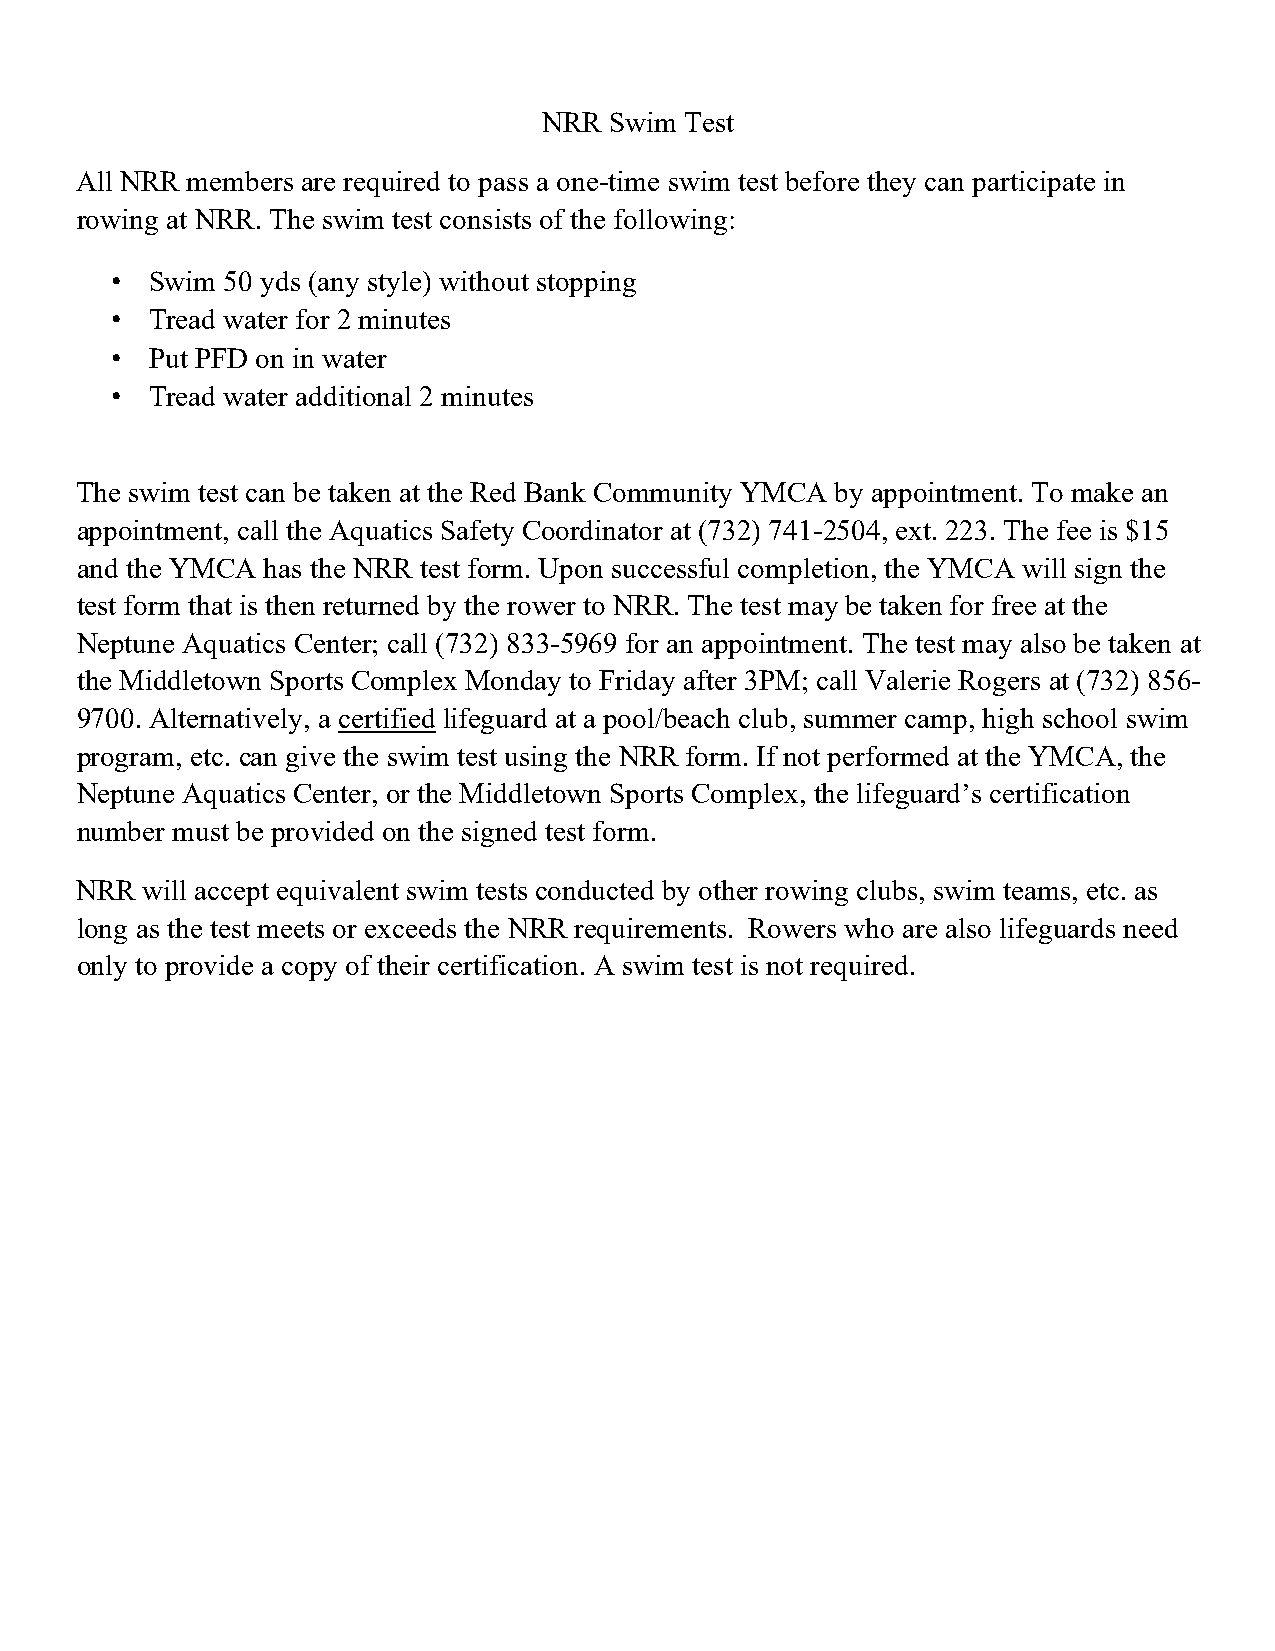
NRR Swim Test
 All NRR members are required to pass a one-time swim test before they can participate in
 rowing at NRR. The swim test consists of the following:
 •  Swim 50 yds (any style) without stopping
 •  Tread water for 2 minutes
 •  Put PFD on in water
 •  Tread water additional 2 minutes
 The swim test can be taken at the Red Bank Community YMCA by appointment. To make an
 appointment, call the Aquatics Safety Coordinator at (732) 741-2504, ext. 223. The fee is $15
 and the YMCA has the NRR test form. Upon successful completion, the YMCA will sign the
 test form that is then returned by the rower to NRR. The test may be taken for free at the
 Neptune Aquatics Center; call (732) 833-5969 for an appointment. The test may also be taken at
 the Middletown Sports Complex Monday to Friday after 3PM; call Valerie Rogers at (732) 856-
 9700. Alternatively, a certified lifeguard at a pool/beach club, summer camp, high school swim
 program, etc. can give the swim test using the NRR form. If not performed at the YMCA, the
 Neptune Aquatics Center, or the Middletown Sports Complex, the lifeguard’s certification
 number must be provided on the signed test form.
 NRR will accept equivalent swim tests conducted by other rowing clubs, swim teams, etc. as
 long as the test meets or exceeds the NRR requirements. Rowers who are also lifeguards need
 only to provide a copy of their certification. A swim test is not required.